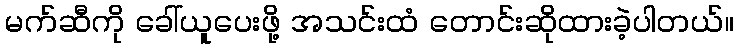
မက်ဆီကို ခေါ်ယူပေးဖို့ အသင်းထံ တောင်းဆိုထားခဲ့ပါတယ်။